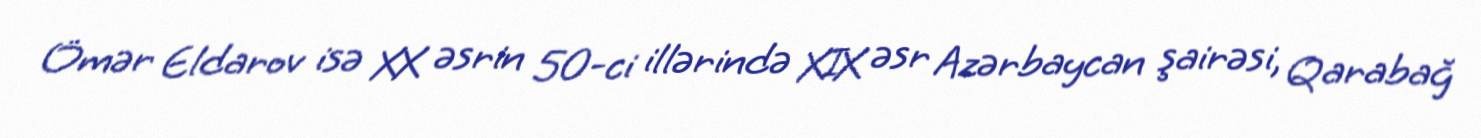
Ömər Eldarov isə XX əsrin 50-ci illərində XIX əsr Azərbaycan şairəsi, Qarabağ